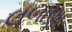
લબાણા